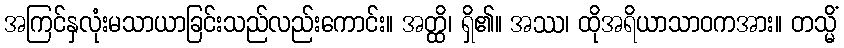
အကြင်နှလုံးမသာယာခြင်းသည်လည်းကောင်း။ အတ္ထိ၊ ရှိ၏။ အဿ၊ ထိုအရိယာသာဝကအား။ တသ္မိံ